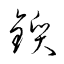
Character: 鑕